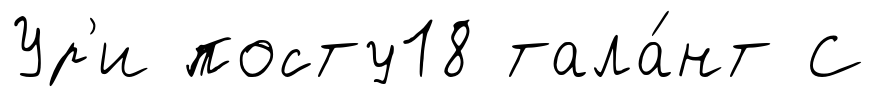
Ур'и посту18 тала́нт С